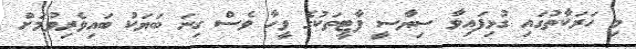
މި ހަރަކާތުގައި ގުޅިފައިވާ ސިޔާސީ ޕާޓީތަކުގެ ވީހާ ވެސް ގިނަ ބަޔަކު ބައިވެރިވުމަށް